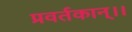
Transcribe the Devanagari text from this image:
प्रवर्तकान्।।